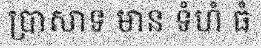
ប្រាសាទ មាន ទំហំ ធំ